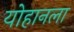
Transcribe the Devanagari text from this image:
योहानला